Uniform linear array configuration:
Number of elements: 64
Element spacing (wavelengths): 0.25
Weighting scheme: blackman
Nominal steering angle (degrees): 60
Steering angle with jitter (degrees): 59.269
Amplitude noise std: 0.05
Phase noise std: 0.05

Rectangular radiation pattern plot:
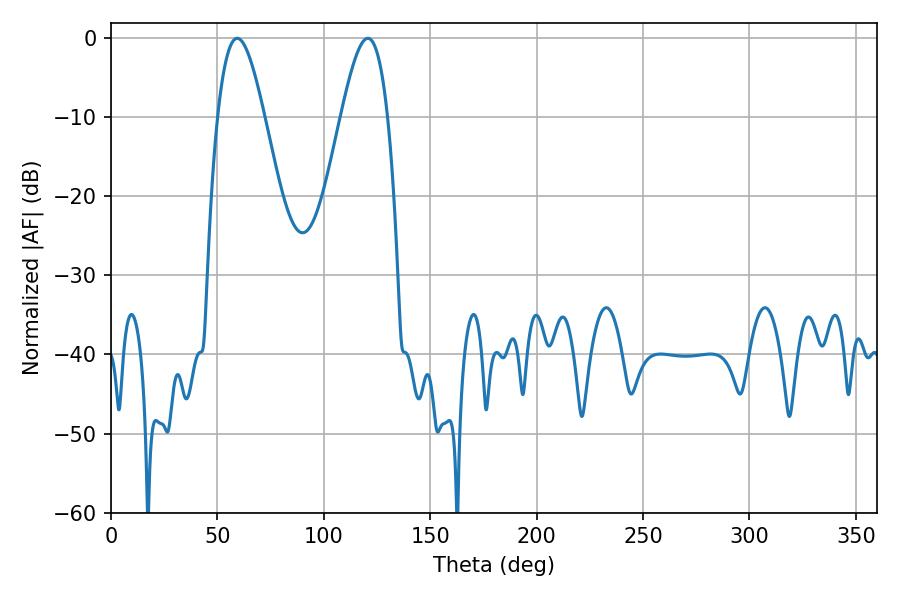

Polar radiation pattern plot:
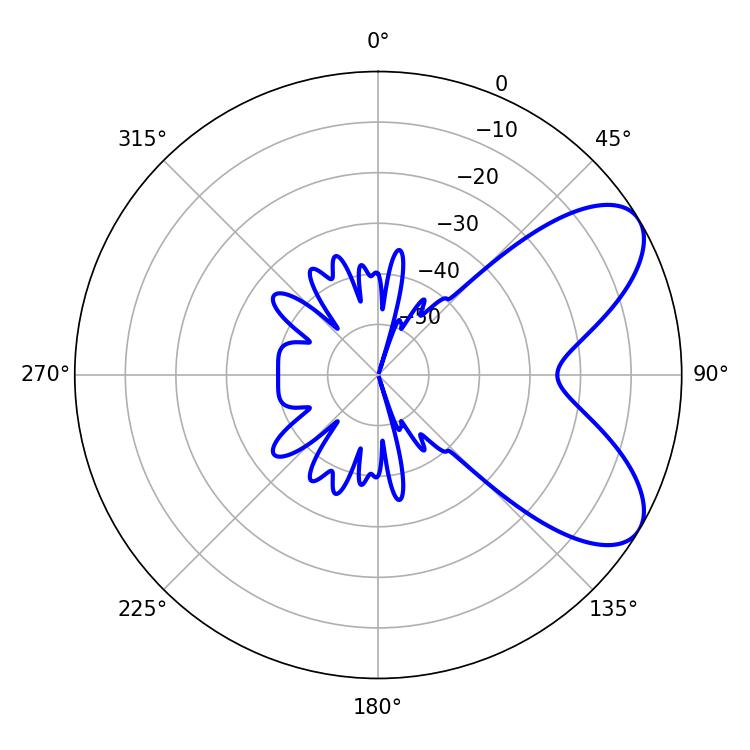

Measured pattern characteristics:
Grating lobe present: FALSE
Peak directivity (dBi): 7.077
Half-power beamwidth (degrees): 11.7
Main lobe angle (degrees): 59.22